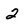
Character: 2